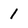
Character: 1